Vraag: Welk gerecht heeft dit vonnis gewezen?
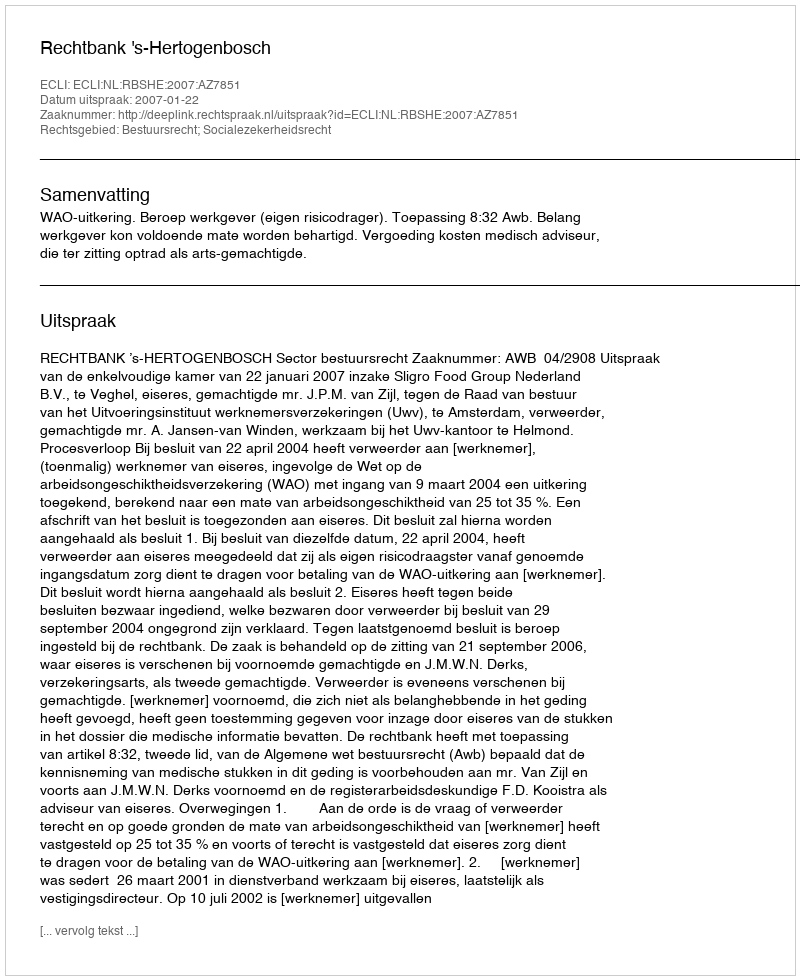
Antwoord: Rechtbank 's-Hertogenbosch